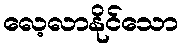
လေ့လာနိုင်သော